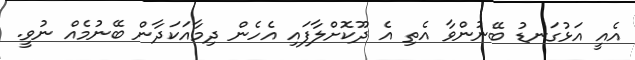
އެއީ އަޅުގަނޑު ބޭނުންވާ އެތި އެ ދޫކޮށްލާފައި އެހެން ދިމާއަކަދާން ބޭނުމެއް ނުވީ.